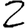
Digit: 2